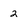
Character: 2